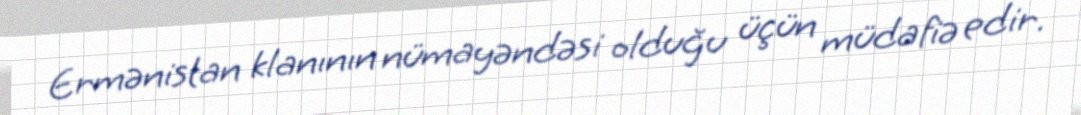
Ermənistan klanının nümayəndəsi olduğu üçün müdafiə edir.